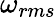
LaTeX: \omega_{rms}